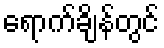
ရောက်ချိန်တွင်